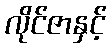
လိုင်ဇာနှင့်